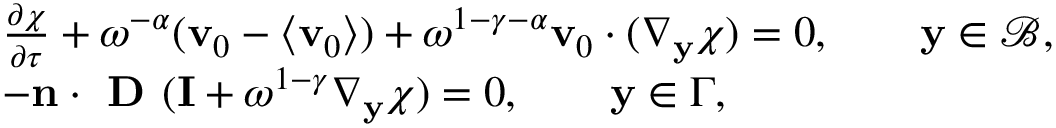
\begin{array} { r l } & { \frac { \partial \chi } { \partial \tau } + \omega ^ { - \alpha } ( \mathbf v _ { 0 } - \langle \mathbf v _ { 0 } \rangle ) + \omega ^ { 1 - \gamma - \alpha } \mathbf v _ { 0 } \cdot ( \nabla _ { \mathbf y } \boldsymbol { \chi } ) = 0 , \qquad \mathbf y \in \mathcal B , } \\ & { - \mathbf n \cdot \textbf { D } ( \mathbf I + \omega ^ { 1 - \gamma } \nabla _ { \mathbf y } \boldsymbol { \chi } ) = 0 , \qquad \mathbf y \in { \Gamma } , } \end{array}